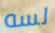
لسه